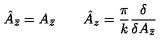
\hat { A } _ { \bar { z } } = A _ { \bar { z } } \qquad \hat { A } _ { z } = \frac { \pi } { k } \frac { \delta } { \delta A _ { \bar { z } } }